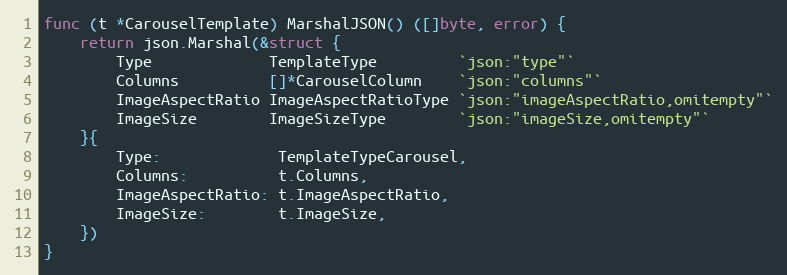
Language: Go
func (t *CarouselTemplate) MarshalJSON() ([]byte, error) {
	return json.Marshal(&struct {
		Type             TemplateType         `json:"type"`
		Columns          []*CarouselColumn    `json:"columns"`
		ImageAspectRatio ImageAspectRatioType `json:"imageAspectRatio,omitempty"`
		ImageSize        ImageSizeType        `json:"imageSize,omitempty"`
	}{
		Type:             TemplateTypeCarousel,
		Columns:          t.Columns,
		ImageAspectRatio: t.ImageAspectRatio,
		ImageSize:        t.ImageSize,
	})
}